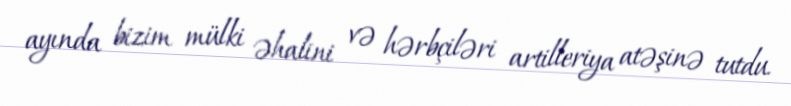
ayında bizim mülki əhalini və hərbçiləri artilleriya atəşinə tutdu.